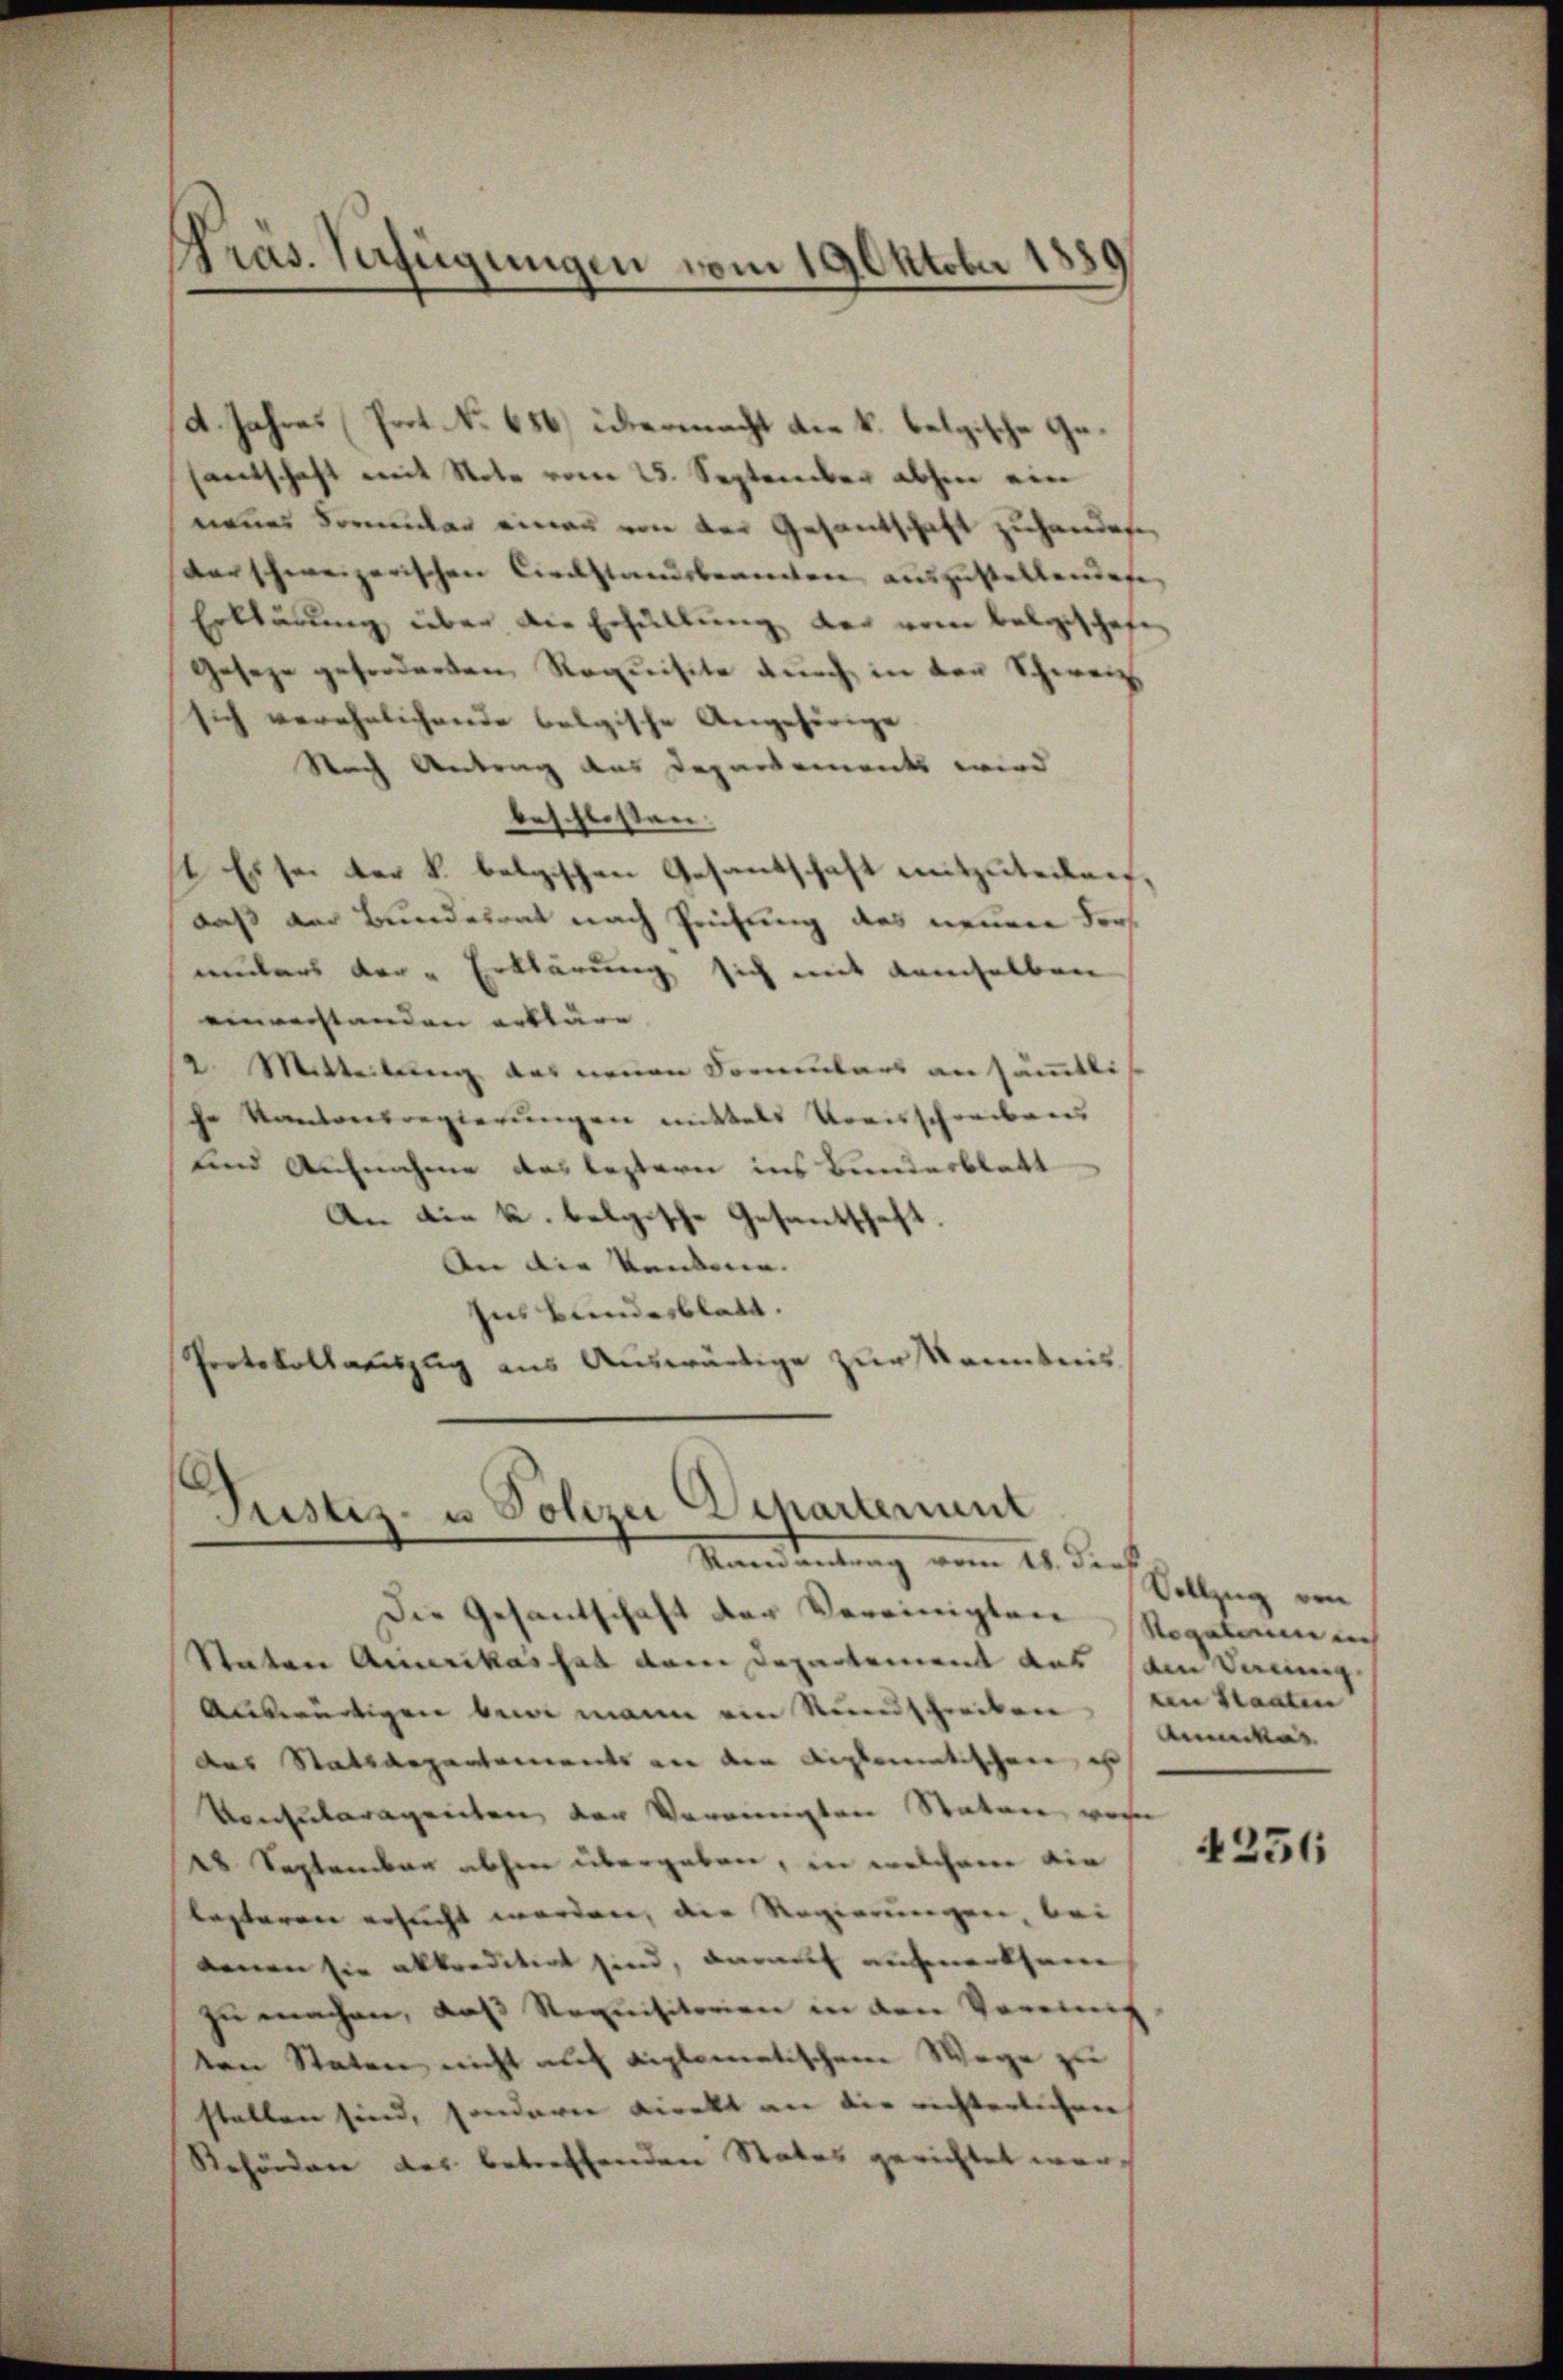
A. Jahres Prot. No 656.) übermacht die k. belgische Gesantschaft mit Stote vom 25. September abhin ein
nenes Formular einer von der Gesantschaft zuhandere,
darschweizerischen Circstandsbeamten auszustellendeten
Erklärung über die Erfüllung der vom belgeschafen
Geseze geforderten Requisite durch in den Schweiz.
sich verehelichende belgische Angehörige
Nach Antrag des Departements wird
beschlossen. |
1 Es sei der k. belgischen Gesantschaft mitzuteilen,
daß der Bundesrat nach Prüfung das neuere der
unters der Erklärung sich mit demselben
einrechtenden erkläre |
2. Mitteilung das neuen Sommentars an sämmtli
he Kantonsregierungen mittels Vorsschreibens
und Aufnahme das leztern ins Bunderblatt
An die k. belgische Gesandschaft.
An die kanderen. |
Ins Bunderblatt.
Protokollauszug aus Auswärtige zur Kenntnis

Pras. Verfügungen vom 19. Oktober 1881

Die Gesandschaft der Vereinigten Regalannes
Staten Amerikas hat dem Departement aus den Vereinig
Auswärtigen bei mann ein Rundschreiben. An Staaten
des Stattaepartements an den diplomatischen, ih
Vormularagenten der Vereinigten Statore von
28 September abhin übergeben, in welchem die
lesteren ersucht werden, die Regierungen, bei
annen sie abkreditirt sind, darauf aufmerksam
zu machen, daß Requisitorien in den Vormit
den Staten nicht auf diplomatischem Wege zu
stalten sind, sondern Direkt an die richterlichen
Rehörden des betreffenden States gerichtet wer¬

¬
Justiz- u Polizei Departement
Stand antrag vom 18. der

Vollzug von
bemerke |

4256